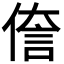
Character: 𫣄